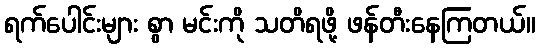
ရက်ပေါင်းများ စွာ မင်းကို သတိရဖို့ ဖန်တီးနေကြတယ်။